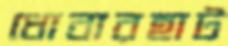
ধোবারহাট